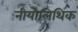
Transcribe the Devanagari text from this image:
नीयोलिथिक